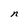
Character: n